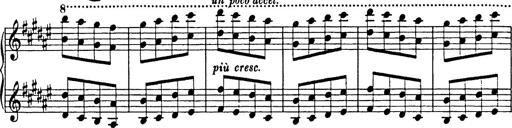
Title: Hungarian Rhapsody No.18
Composer: Franz Liszt
Key: F-sharp minor